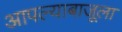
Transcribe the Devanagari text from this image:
आपल्याबाजूला